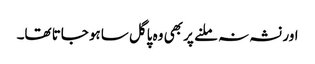
اور نشہ نہ ملنے پر بھی وہ پاگل ساہو جاتا تھا۔